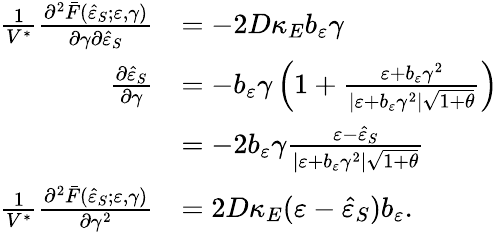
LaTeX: \begin{array}{rl}{\frac{1}{V^{\ast}}\frac{\partial^{2}\bar{F}(\hat{\varepsilon}_{S};\varepsilon,\gamma)}{\partial\gamma\partial\hat{\varepsilon}_{S}}}&{=-2D\kappa_{E}b_{\varepsilon}\gamma}\\ {\frac{\partial\hat{\varepsilon}_{S}}{\partial\gamma}}&{=-b_{\varepsilon}\gamma\left(1+\frac{\varepsilon+b_{\varepsilon}\gamma^{2}}{\vert\varepsilon+b_{\varepsilon}\gamma^{2}\vert\sqrt{1+\theta}}\right)}\\ &{=-2b_{\varepsilon}\gamma\frac{\varepsilon-\hat{\varepsilon}_{S}}{\vert\varepsilon+b_{\varepsilon}\gamma^{2}\vert\sqrt{1+\theta}}}\\ {\frac{1}{V^{\ast}}\frac{\partial^{2}\bar{F}(\hat{\varepsilon}_{S};\varepsilon,\gamma)}{\partial\gamma^{2}}}&{=2D\kappa_{E}(\varepsilon-\hat{\varepsilon}_{S})b_{\varepsilon}.}\end{array}